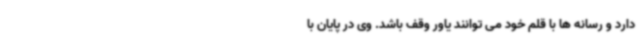
دارد و رسانه ها با قلم خود می توانند یاور وقف باشد. وی در پایان با